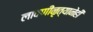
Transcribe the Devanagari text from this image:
लावणीनृत्यानेही